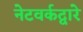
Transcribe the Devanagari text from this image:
नेटवर्कद्वारे